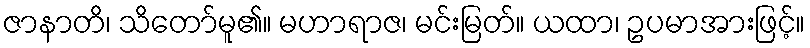
ဇာနာတိ၊ သိတော်မူ၏။ မဟာရာဇ၊ မင်းမြတ်။ ယထာ၊ ဥပမာအားဖြင့်။